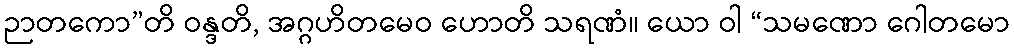
ဉာတကော”တိ ဝန္ဒတိ, အဂ္ဂဟိတမေဝ ဟောတိ သရဏံ။ ယော ဝါ “သမဏော ဂေါတမော